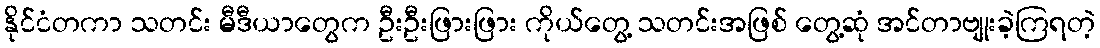
နိုင်ငံတကာ သတင်း မီဒီယာတွေက ဦးဦးဖြားဖြား ကိုယ်တွေ့ သတင်းအဖြစ် တွေ့ဆုံ အင်တာဗျုးခဲ့ကြရတဲ့